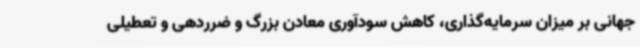
جهانی بر میزان سرمایه‌گذاری، کاهش سودآوری معادن بزرگ و ضرردهی و تعطیلی